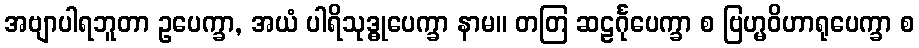
အဗျာပါရဘူတာ ဥပေက္ခာ, အယံ ပါရိသုဒ္ဓုပေက္ခာ နာမ။ တတြ ဆဠင်္ဂုပေက္ခာ စ ဗြဟ္မဝိဟာရုပေက္ခာ စ